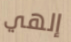
إلهي